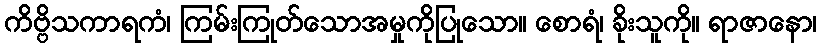
ကိဗ္ဗိသကာရကံ၊ ကြမ်းကြုတ်သောအမှုကိုပြုသော။ စောရံ၊ ခိုးသူကို။ ရာဇာနော၊